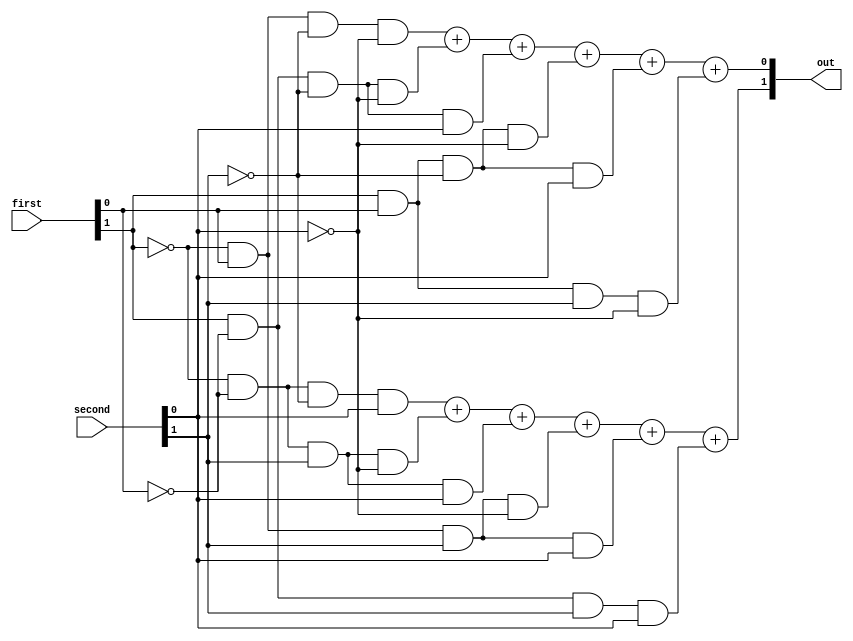
// Design a circuit that compares two two-bit unsigned
// inputs (first and second) using the following rules:

// - If the two inputs are equal, then the output is 00
// - If the first input is greater, then the output is 01
// - If the second input is greater, then the output is 10

module comparator(out, first, second);
   output [1:0] out;
   input  [1:0] first, second;

   assign out[1] = (!first[1] & !first[0] & !second[1] & second[0])
 + (!first[1] & !first[0] & second[1] & !second[0])
 + (!first[1] & !first[0] & second[1] & second[0])
 + (!first[1] & first[0] & second[1] & !second[0])
 + (!first[1] & first[0] & second[1] & second[0])
 + (first[1] & !first[0] & second[1] & second[0]);
   assign out[0] = (!first[1] & first[0] & !second[1] & !second[0])
 + (first[1] & !first[0] & !second[1] & !second[0])
 + (first[1] & !first[0] & !second[1] & second[0])
 + (first[1] & first[0] & !second[1] & !second[0])
 + (first[1] & first[0] & !second[1] & second[0])
 + (first[1] & first[0] & second[1] & !second[0]);
   
   
endmodule // comparator